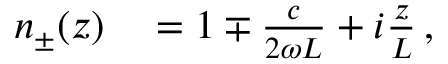
\begin{array} { r l } { n _ { \pm } ( z ) } & { { } = 1 \mp \frac { c } { 2 \omega L } + i \frac { z } { L } \, , } \end{array}